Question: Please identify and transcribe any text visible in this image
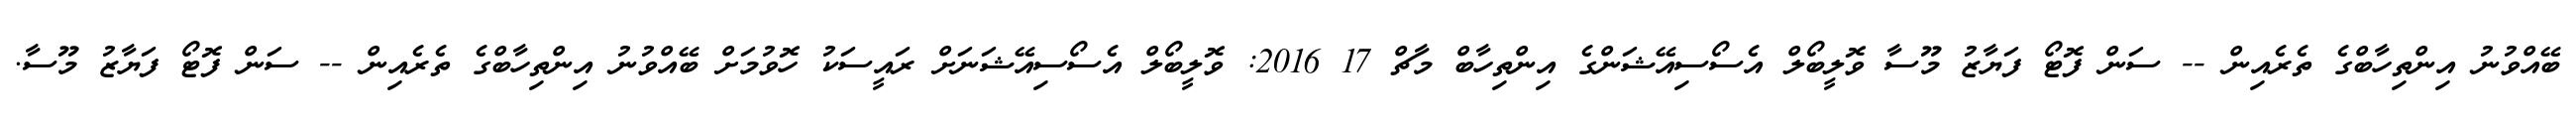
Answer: ބޭއްވުނު އިންތިހާބްގެ ތެރެއިން -- ސަން ފޮޓޯ ފަޔާޒު މޫސާ ވޮލީބޯލް އެސޯސިއޭޝަންގެ އިންތިހާބް މާޗް 17 2016: ވޮލީބޯލް އެސޯސިއޭޝަނަށް ރައީސަކު ހޮވުމަށް ބޭއްވުނު އިންތިހާބްގެ ތެރެއިން -- ސަން ފޮޓޯ ފަޔާޒު މޫސާ.